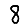
Digit: 8